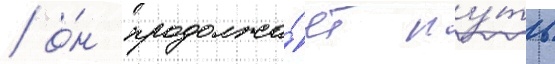
/ о́н продолжа́ет пу́ть